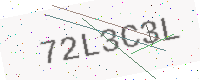
Text: 72L3C3L